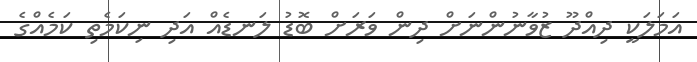
އަމަލަކީ ދިއްދޫ ޒުވާނުންނަށް ދިން ވަރަށް ބޮޑު ލަނޑެއް އަދި ނިކަމެތި ކަމެއްގެ